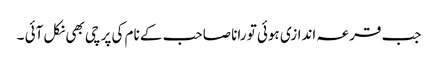
جب قرعہ اندازی ہوئی تو رانا صاحب کے نام کی پرچی بھی نکل آئی ۔